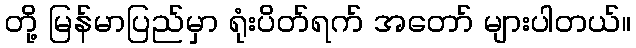
တို့ မြန်မာပြည်မှာ ရုံးပိတ်ရက် အတော် များပါတယ်။